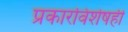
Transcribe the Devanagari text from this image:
प्रकारविशेषही